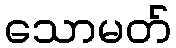
သောမတ်